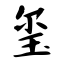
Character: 玺